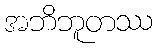
အဘိဘူတဿ